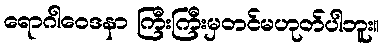
ရောဂါဝေဒနာ ကြီးကြီးမှတင်မဟုတ်ပါဘူး။